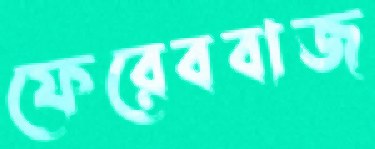
ফেরেববাজ